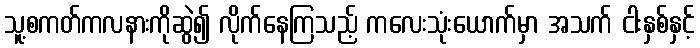
သူ့စကတ်ကလနားကိုဆွဲ၍ လိုက်နေကြသည့် ကလေးသုံးယောက်မှာ အသက် ငါးနှစ်နှင့်